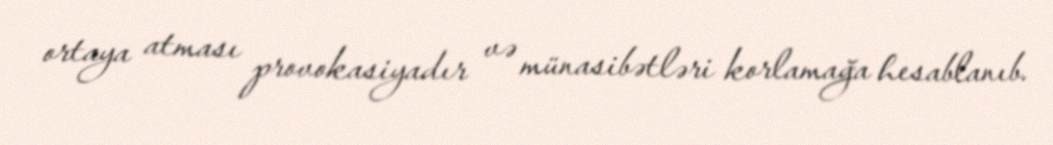
ortaya atması provokasiyadır və münasibətləri korlamağa hesablanıb.